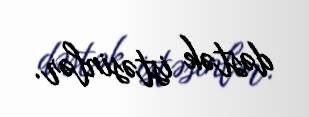
dəstək istəsinlər.